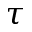
\tau